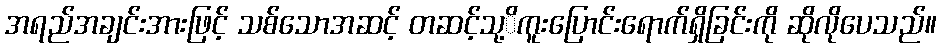
အရည်အချင်းအားဖြင့် သစ်သောအဆင့် တဆင့်သု့ိကူးပြောင်းရောက်ရှိခြင်းကို ဆိုလိုပေသည်။